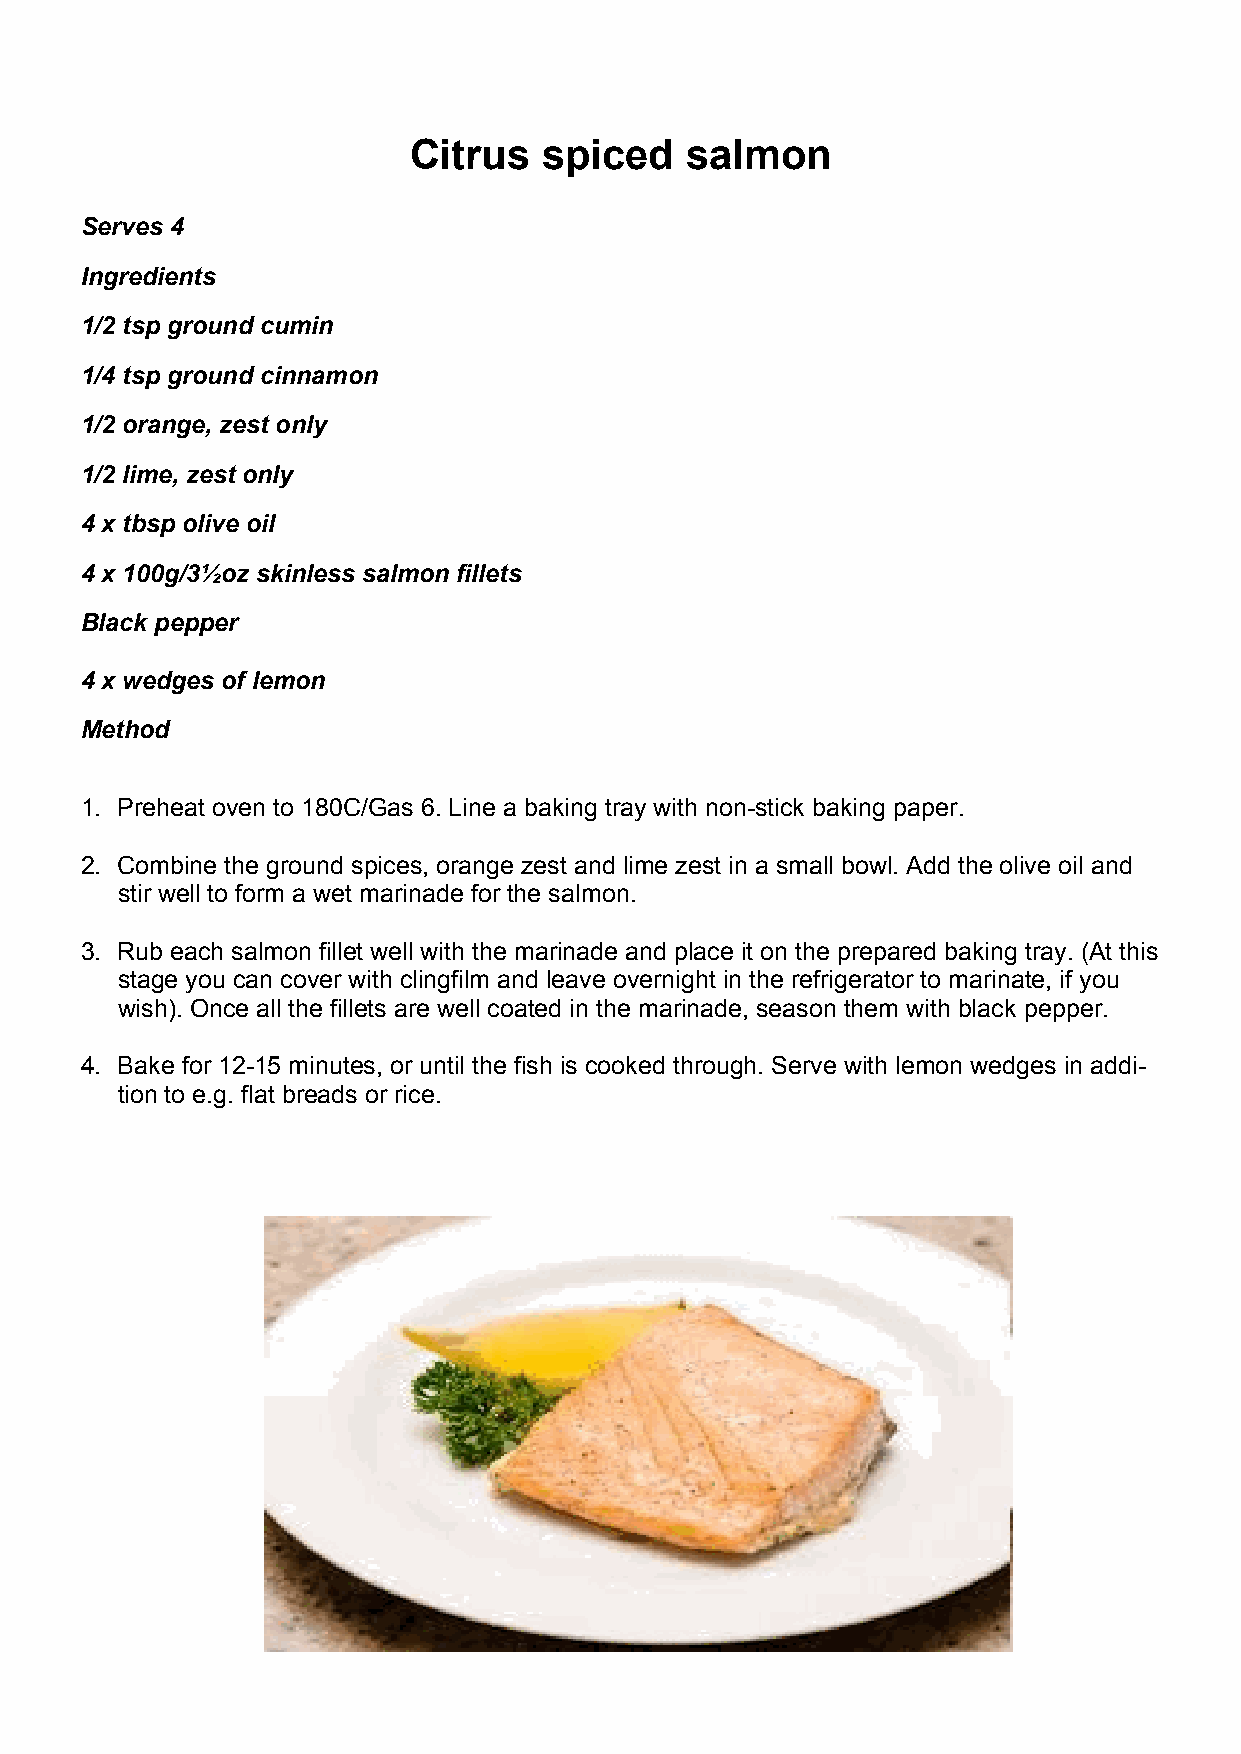
Citrus   spiced   salmon
 Serves 4
 Ingredients
 1/2 tsp ground cumin
 1/4 tsp ground cinnamon
 1/2 orange, zest only
 1/2 lime, zest only
 4 x tbsp olive oil
 4 x 100g/3½oz skinless salmon fillets
 Black pepper
 4 x wedges of lemon
 Method
 1. Preheat oven to 180C/Gas 6. Line a baking tray with non-stick baking paper.
 2. Combine the ground spices, orange zest and lime zest in a small bowl. Add the olive oil and
 stir well to form a wet marinade for the salmon.
 3. Rub each salmon fillet well with the marinade and place it on the prepared baking tray. (At this
 stage you can cover with clingfilm and leave overnight in the refrigerator to marinate, if you
 wish). Once all the fillets are well coated in the marinade, season them with black pepper.
 4. Bake for 12-15 minutes, or until the fish is cooked through. Serve with lemon wedges in addi-
 tion to e.g. flat breads or rice.